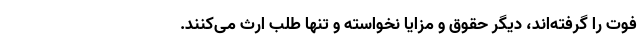
فوت را گرفته‌اند، دیگر حقوق و مزایا نخواسته و تنها طلب ارث می‌کنند.